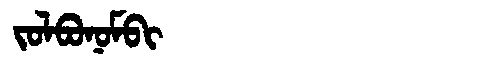
Manchu: ᠵᠣᠯᠪᠣᠨᠣᠮᠪᡳ
Romanization: JOLBONOMBI